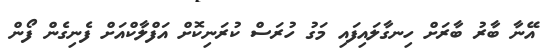
އޭނާ ބާރު ބާރަށް ހިނގާލައިފައި މަގު ހުރަސް ކުރަނިކޮށް އަފްލާކްއަށް ފެނިގެން ފޯން